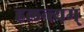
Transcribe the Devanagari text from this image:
हलन्त्यम्